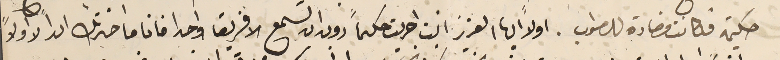
حكيمة فكانت مضادة للصواب. اولاً ايها العزيز انت اجريت حكماً دون ان تسمع الا فريقا واحدا فانا ما اخترتك ابداً لا اولاً